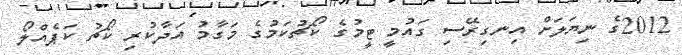
2012ގެ ނިޔަލަށް އިނގިރޭސި ގައުމީ ޓީމުގެ ކޯޗުކަމުގެ މަގާމު އަދާކުރި ކޯޗު ކަޕެއްލޯ